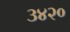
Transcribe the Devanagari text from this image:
३४२०